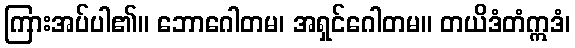
ကြားအပ်ပါ၏။ ဘောဂေါတမ၊ အရှင်ဂေါတမ။ တယိဒံတံဣဒံ၊